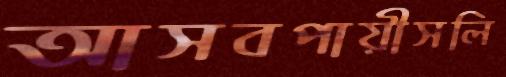
আসবপায়ীসলি